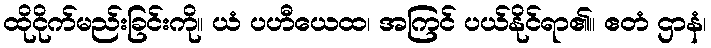
ထိုငိုက်မည်းခြင်းကို။ ယံ ပဟီယေထ၊ အကြင် ပယ်နိုင်ရာ၏။ ဧတံ ဌာနံ၊